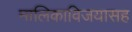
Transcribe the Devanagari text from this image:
मालिकाविजयासह